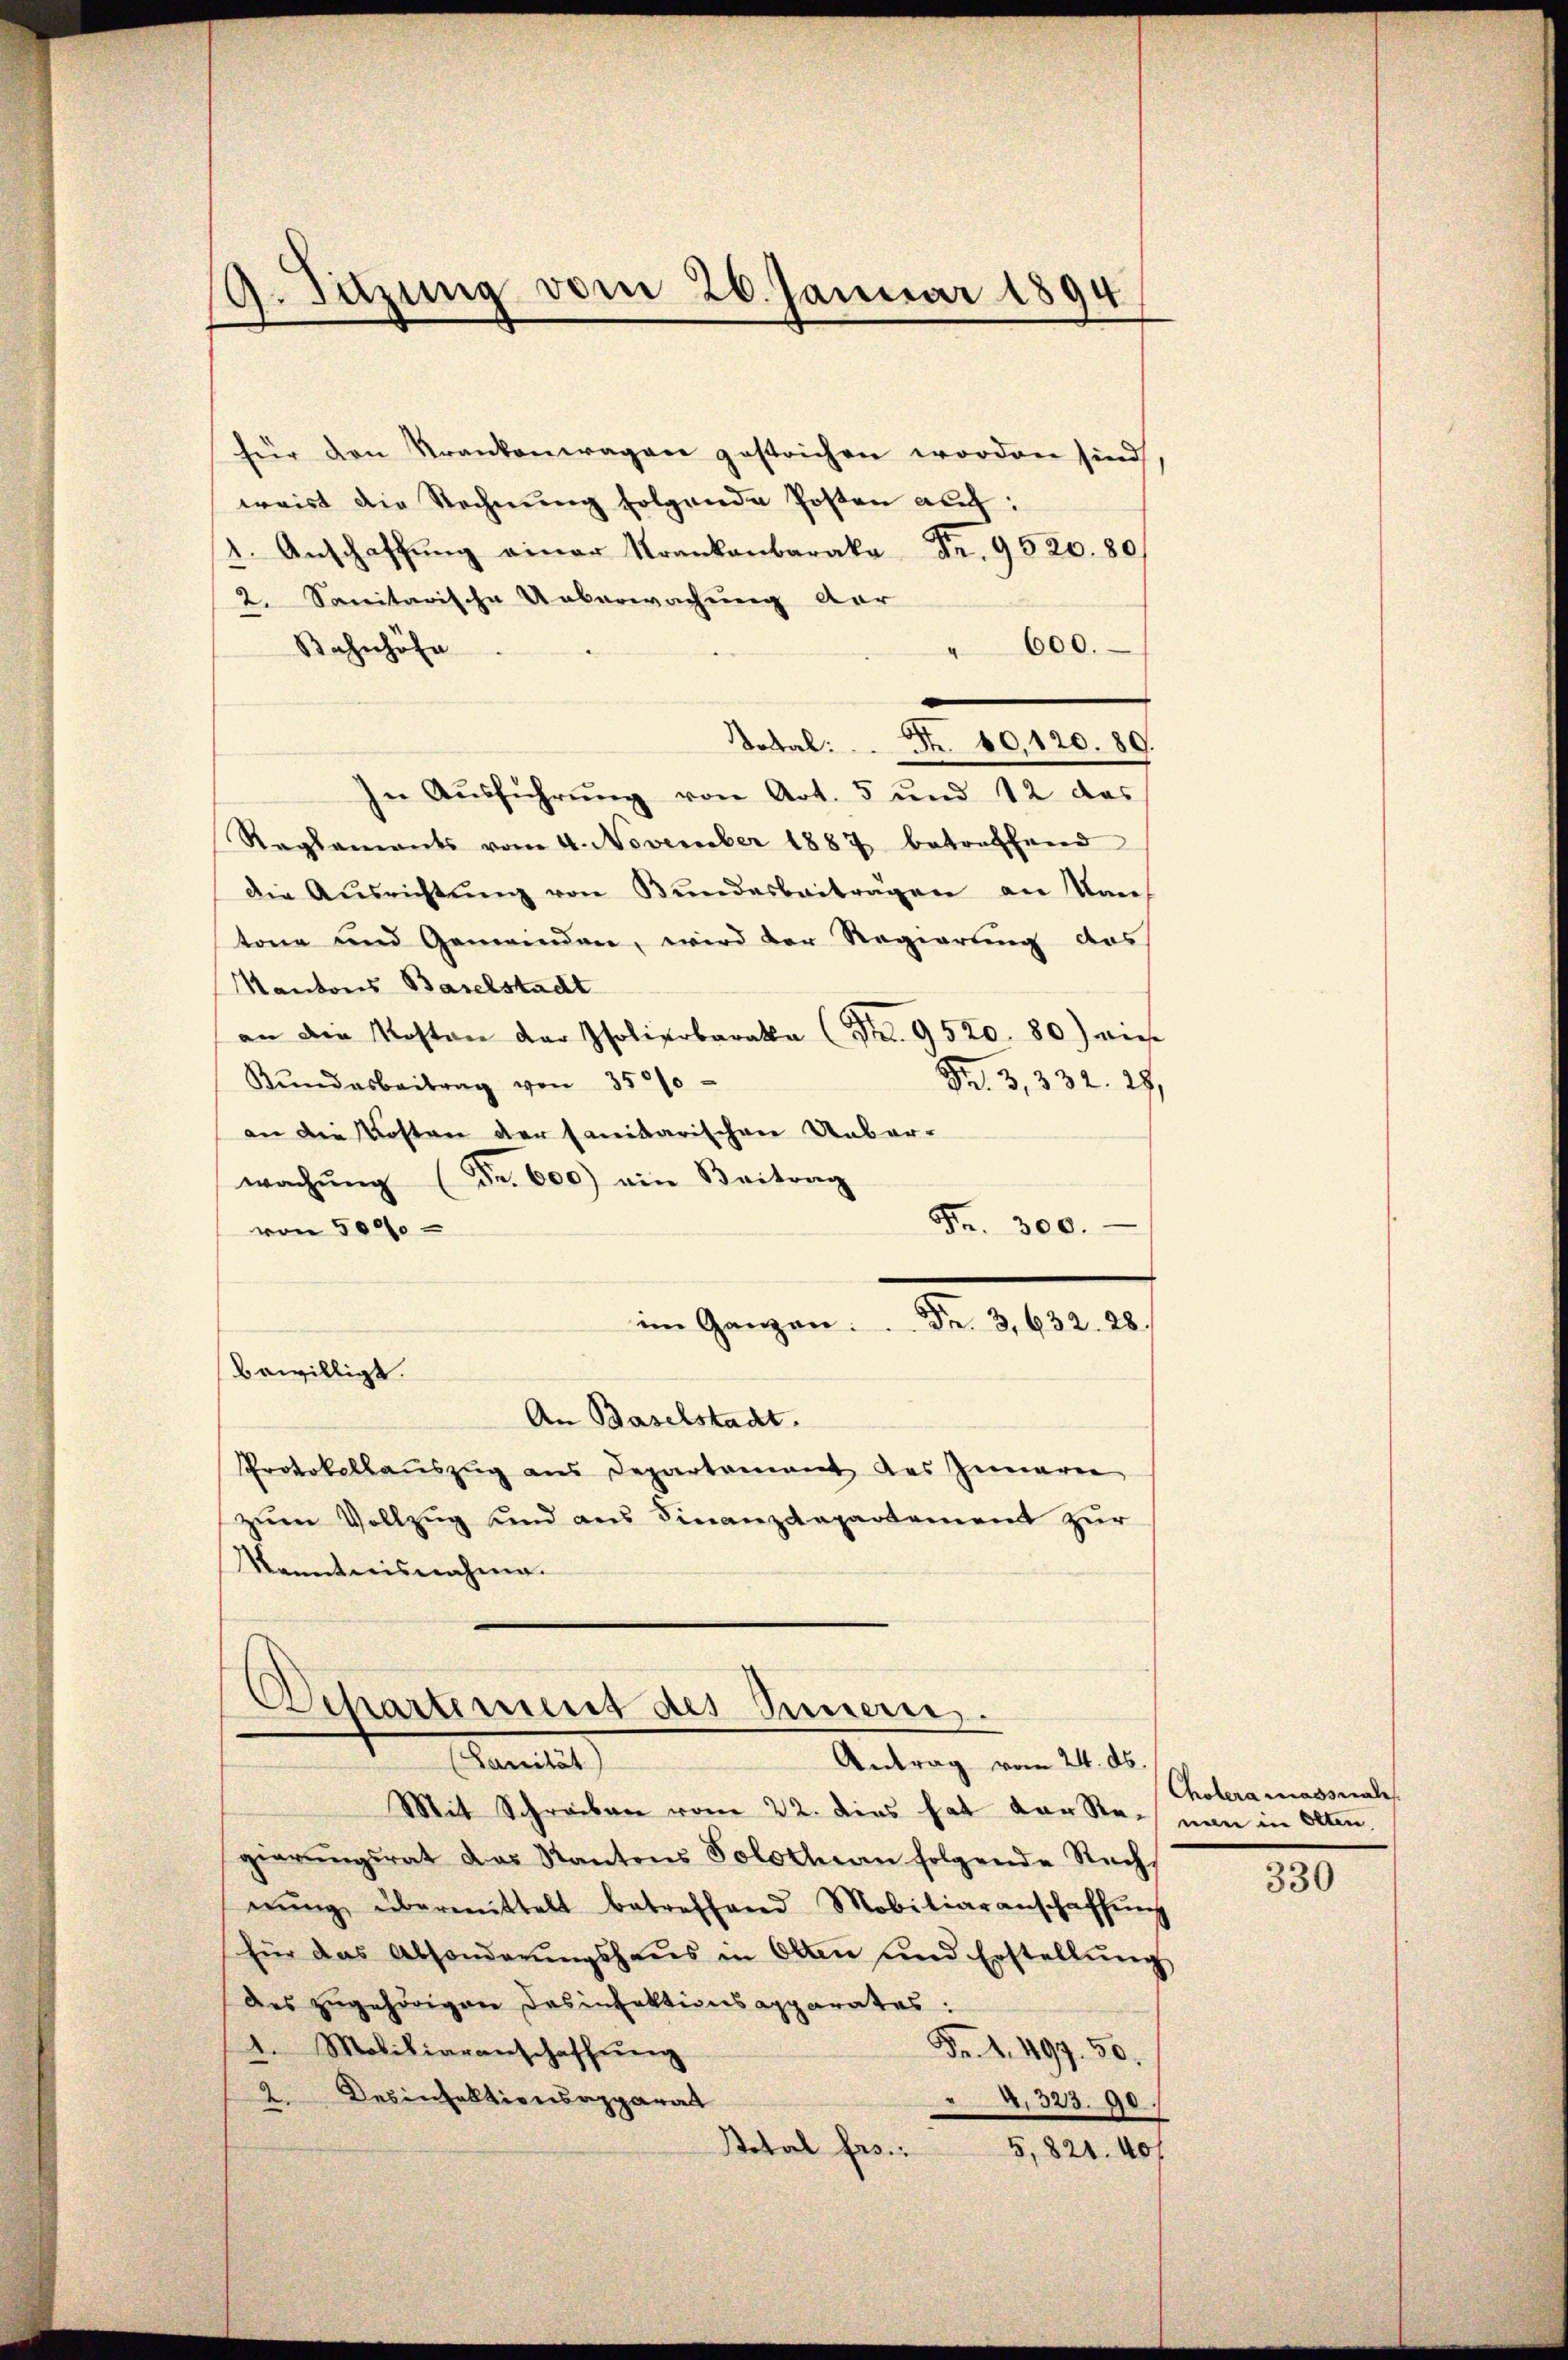
G. Satzung vom 26. Januar 1894

2. Sanitarische Ueberwachung dar
Bahnhöfe
Die Aŭsrichtŭng von Bŭndarbeiträgen an Kaŭf
tone und Gemeinden, wird der Regierung des
Kantons Baselstadt
an die Kosten der Isolierbarata (Nr. 9520. 80) dies
Rŭndesbeitrag von 3500
Fr. 3, 332. 28,
an die Kosten der sanidarischen Ueber-
wachŭng (Fr. 600) ein Beitrag
Fr. 300.
von 5000
im Ganzen. Fr. 3. 632. 28.
bewilligt.
An Baselstadt.
Protokollauszug aus Departement des Inneren
zum Vollzug und aus Finanzdepartement zur
Kenntnisnahme.

für den Krankenwagen gestrichen worden sind
weist die Rechnung folgende Posten auch:
2. Anschaffŭng einer Krankenbaraka Fr. 9520. 80
600.
Dotal: Nr. 10,120. 89.
In Aŭsführŭng von Art. 5 und 12 das
Reglements vom 4. November 1887 betreffend

e
Departement des Innern.
Sanitat
Antrag vom 24. ds.

Mit Schreiben vom 22. dies hat der Sei nun in Olten.
gierŭngsrat das Kantons Solothin folgende Recht
nŭng übermittelt betreffend Mobiliaranschaffŭng
für das Absonderŭngshaŭs in Olten und Erstellŭng
Des zugehörigen Desinfektionsapparates:
1. Mobiliaranschaffŭng
Fr. 1. 497. 50.
2. Desinfektionsapparat
A. 323. 90.
Stotal frs.:
5,821. 407

Cholera massnah

330